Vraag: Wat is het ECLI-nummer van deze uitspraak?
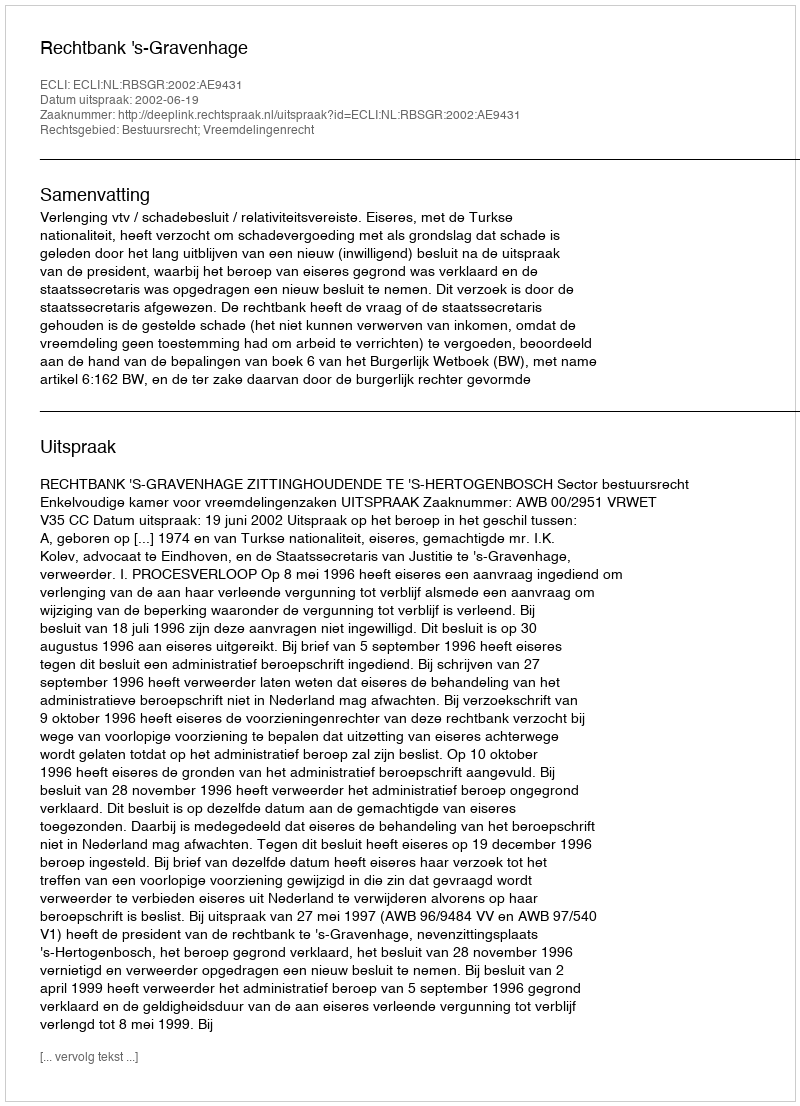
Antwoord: ECLI:NL:RBSGR:2002:AE9431